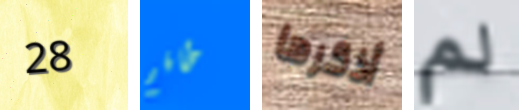
28 طاقم أذكرها لم